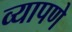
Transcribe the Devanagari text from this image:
व्यापणे